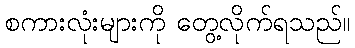
စကားလုံးများကို တွေ့လိုက်ရသည်။